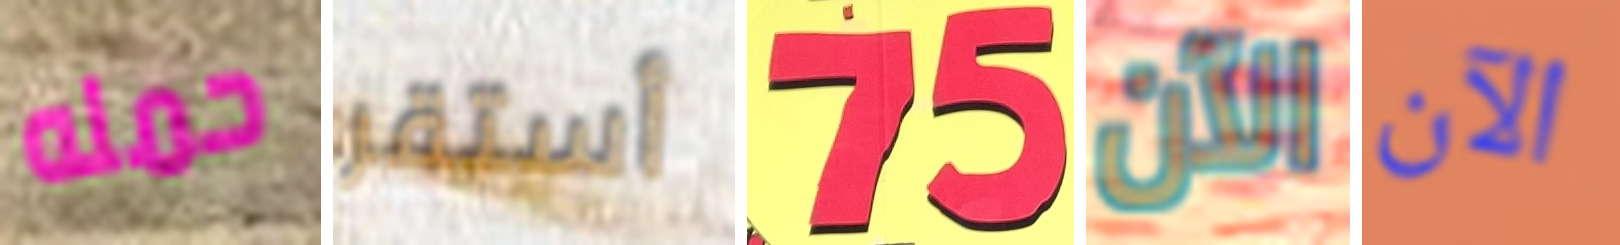
حمله أستقر 75 الآن الآن